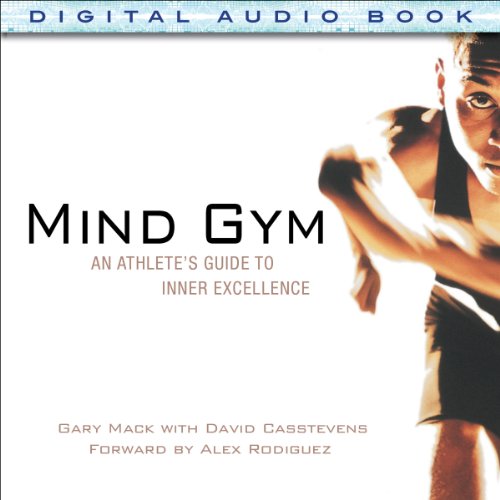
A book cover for Mind Gym: An Athlete's Guide to Inner Excellence; Gary Mack; Sports & Outdoors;